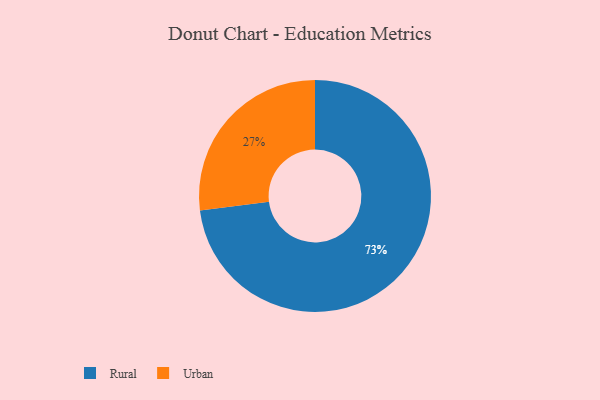
{"axis": {"x": "Category", "y": "Percentage"}, "legend": ["Rural", "Urban"], "data": [{"x": "Rural", "y": 73, "type": "Rural"}, {"x": "Urban", "y": 27, "type": "Urban"}]}